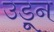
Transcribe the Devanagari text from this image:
उडू्न